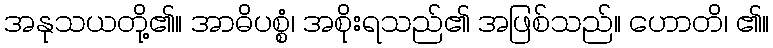
အနုသယတို့၏။ အာဓိပစ္စံ၊ အစိုးရသည်၏ အဖြစ်သည်။ ဟောတိ၊ ၏။